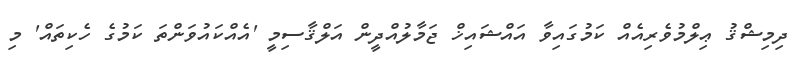
ދިމިޝްޤު ޢިލްމުވެރިއެއް ކަމުގައިވާ އައްޝައިޚް ޖަމާލުއްދީން އަލްޤާސިމީ 'އެއްކައުވަންތަ ކަމުގެ ހެކިތައް' މި